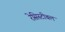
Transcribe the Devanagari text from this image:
रेसिस्टीबल